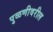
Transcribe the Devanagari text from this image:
पुळणीवरील